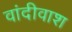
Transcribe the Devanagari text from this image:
वांदीवाश